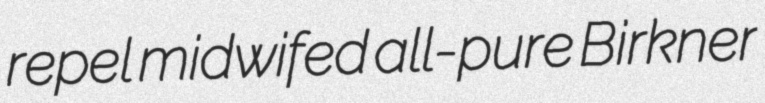
repel midwifed all-pure Birkner